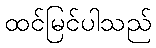
ထင်မြင်ပါသည်